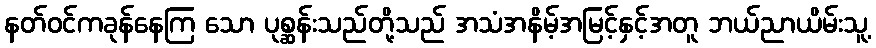
နတ်ဝင်ကခုန်နေကြ သော ပုစ္ဆန်းသည်တို့သည် အသံအနိမ့်အမြင့်နှင့်အတူ ဘယ်ညာယိမ်းသူ့